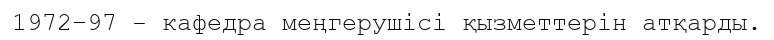
1972–97 - кафедра меңгерушісі қызметтерін атқарды.